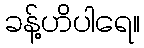
ခန့်ဟိပါရေ။